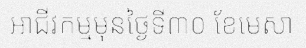
អាជីវកម្មមុនថ្ងៃទី៣០ ខែមេសា